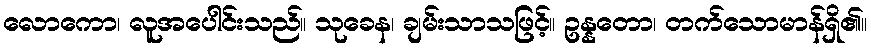
လောကော၊ လူအပေါင်းသည်။ သုခေန၊ ချမ်းသာသဖြင့်။ ဥန္နတော၊ တက်သောမာန်ရှိ၏။